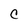
Character: C